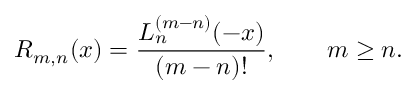
R _ { m , n } ( x ) = \frac { L _ { n } ^ { ( m - n ) } ( - x ) } { ( m - n ) ! } , \qquad m \ge n .